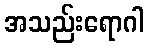
အသည်းရောဂါ